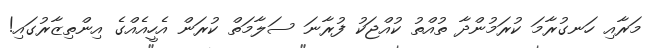
މަރާއި ހަނގުރާމަ ކުރަމުންދާ ތުއްތު ކުއްޖަކު ފުރާނަ ސަލާމަތް ކުރަން އެހީއެއްގެ އިންތިޒާރުގައި!